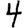
Digit: 4